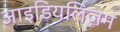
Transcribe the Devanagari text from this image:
आइडियलिज़म